Civil Veterinary Dept. Bombay admin report 1932-41 - 1932-1941
Year: 1932
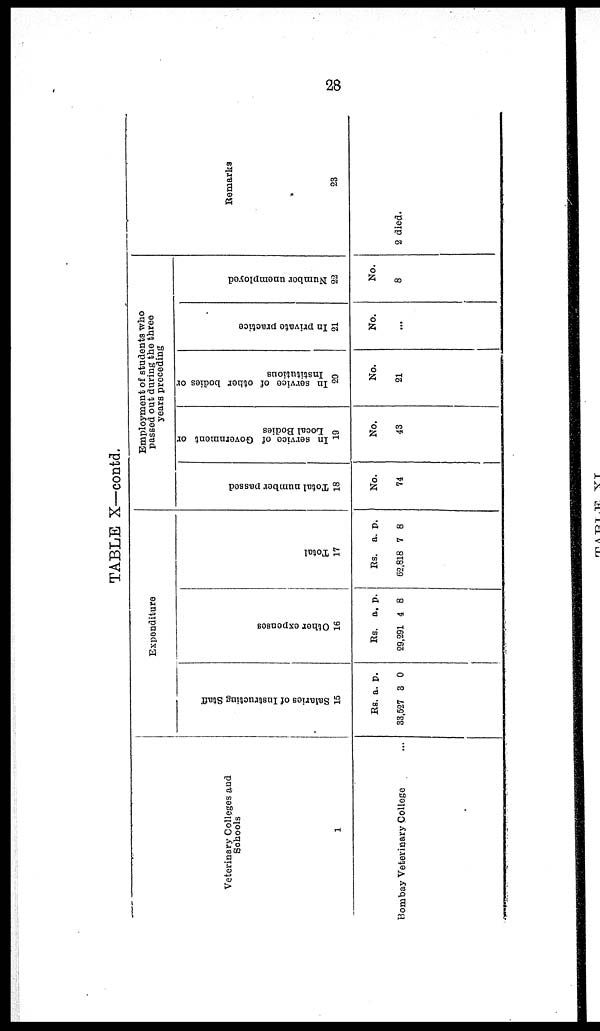
28
TABLE X—contd.
Veterinary Colleges and
Schools
1
Bombay Veterinary College ...
Expenditure
Sal ar i
es of I ns t
r uct i
ng Staff
15
Rs.
33,527
a.
3
p.
0
Ot her e xpe ns e s
16
Rs.
29,291
a.
4
p.
8
Tot al
17
Rs.
62,818
a.
7
p.
8
Employment of students who
passed out during the three
years preceding
Total number passed
18
No.
74
In service of Government or
Local Bodies
19
No.
43
In service of other bodies or
Institutions
20
No.
21
In private practice
21
No.
...
Number unemployed
22
No.
8
Remarks
23
2 died.